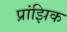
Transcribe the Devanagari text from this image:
प्रांझिक